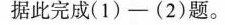
据此完成(1)-(2)题。